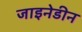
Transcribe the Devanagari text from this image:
जाइनेडीन